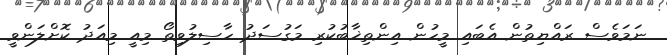
ނަމަވެސް ރައްޔިތުން އެބައި މީހުން އިންތިޚާބުކުރި މަގުސަދު ހާސިލުވިތޯ މިއީ މިއަދު ކޮށްލަންވީ